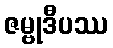
ဇမ္ဗုဒီပဿ